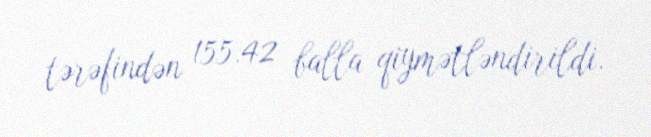
tərəfindən 155.42 balla qiymətləndirildi.